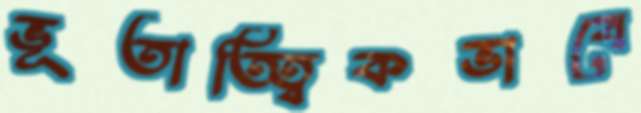
ভূতাত্ত্বিকভাবে